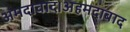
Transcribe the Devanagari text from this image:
अमदावाद।अहमदाबाद